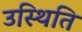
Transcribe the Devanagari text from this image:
उस्थिति